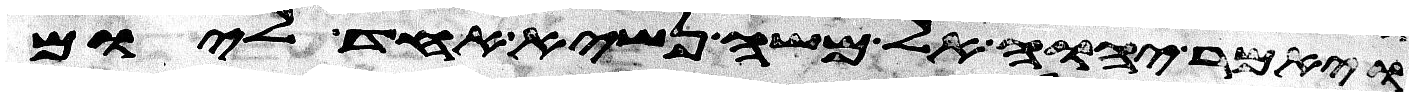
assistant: ויאמר יהוה אל משה נשיא אחד ליום